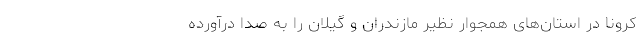
کرونا در استان‌های همجوار نظیر مازندران و گیلان را به صدا درآورده